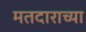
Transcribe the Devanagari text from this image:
मतदाराच्या